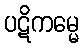
ပဋိကမ္မေ